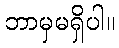
ဘာမှမရှိပါ။